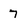
Character: 7